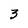
Character: 3